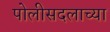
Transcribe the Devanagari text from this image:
पोलीसदलाच्या